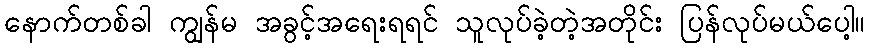
နောက်တစ်ခါ ကျွန်မ အခွင့်အရေးရရင် သူလုပ်ခဲ့တဲ့အတိုင်း ပြန်လုပ်မယ်ပေါ့။